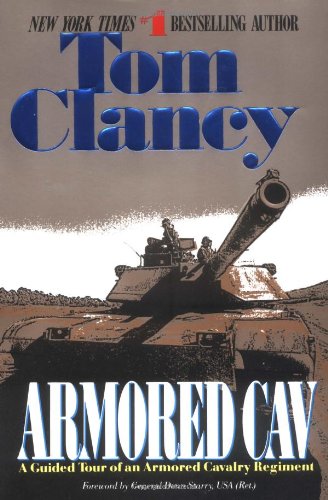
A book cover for Armored Cav (Tom Clancy's Military Reference); Tom Clancy; History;